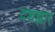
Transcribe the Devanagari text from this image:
दशझार